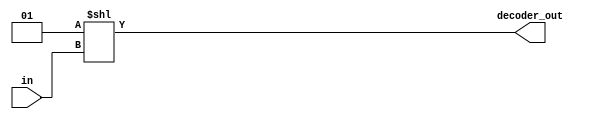
`timescale 1ns/1ps
module decoder #( parameter inputLen = 3,
	parameter outputLen = 1 << inputLen 
	)(
	in , 
 	decoder_out 
);

	//--------------------------------------------------------------------------------------
	
	//--------------------------------------------------------------------------------------
	
	//--------------------------------------------------------------------------------------
	input [inputLen - 1 : 0] in;
	output [outputLen - 1 : 0] decoder_out ; 
    //--------------------------------------------------------------------------------------
    
    //-------------------------------------------------------------------------------------- 	
	assign decoder_out = (1 << in) ;
	//--------------------------------------------------------------------------------------
	
endmodule